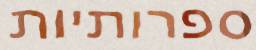
ספרותיות